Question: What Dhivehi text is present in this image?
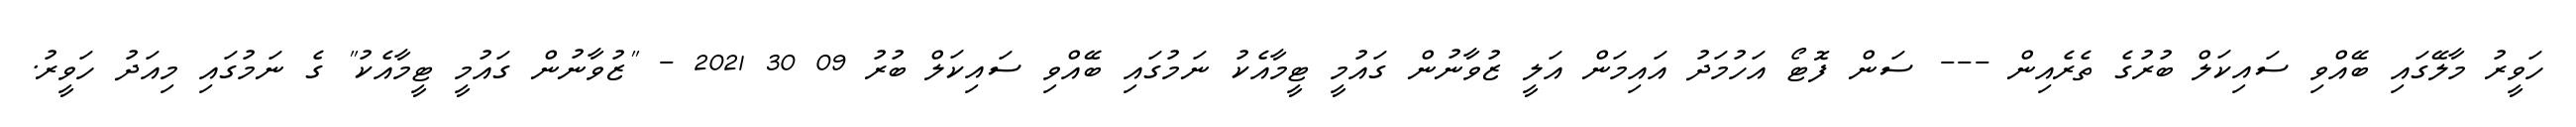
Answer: ހަވީރު މާލޭގައި ބޭއްވި ސައިކަލް ބުރުގެ ތެރެއިން --- ސަން ފޮޓޯ އަހުމަދު އައިމަން އަލީ ޒުވާނުން ގައުމީ ޓީމާއެކު ނަމުގައި ބޭއްވި ސައިކަލް ބުރު 09 30 2021 - "ޒުވާނުން ގައުމީ ޓީމާއެކު" ގެ ނަމުގައި މިއަދު ހަވީރު.